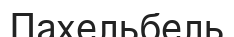
Пахельбель